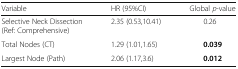
<table><thead><tr><td><b>Variable</b></td><td><b>HR (95%CI)</b></td><td><b>Global <i>p</i>-value</b></td></tr></thead><tbody><tr><td>Selective Neck Dissection(Ref: Comprehensive)</td><td>2.35 (0.53,10.41)</td><td>0.26</td></tr><tr><td>Total Nodes (CT)</td><td>1.29 (1.01,1.65)</td><td><b>0.039</b></td></tr><tr><td>Largest Node (Path)</td><td>2.06 (1.17,3.6)</td><td><b>0.012</b></td></tr></tbody></table>